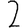
Digit: 2